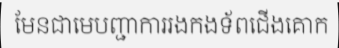
មែនជាមេបញ្ជាការរងកងទ័ពជើងគោក